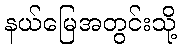
နယ်မြေအတွင်းသို့